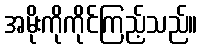
အမိုးကိုကိုင်ကြည့်သည်။